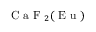
\mathrm { ~ C ~ a ~ F ~ } _ { 2 } ( \mathrm { ~ E ~ u ~ } )